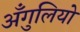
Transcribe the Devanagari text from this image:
अँगुलियो